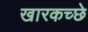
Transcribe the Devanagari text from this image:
खारकच्छे